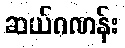
ဆယ်ဂဏန်း